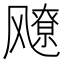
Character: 𬲅